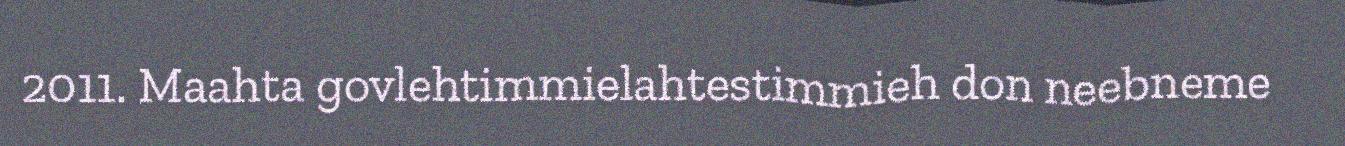
2011. Maahta govlehtimmielahtestimmieh don neebneme